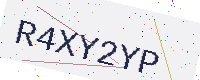
Text: R4XY2YP